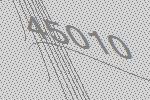
45010